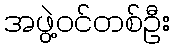
အဖွဲ့ဝင်တစ်ဦး